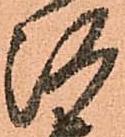
河